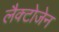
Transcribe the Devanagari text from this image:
लैक्टोजेन